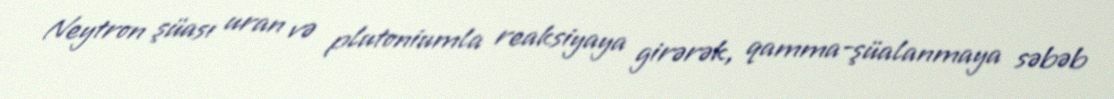
Neytron şüası uran və plutoniumla reaksiyaya girərək, qamma-şüalanmaya səbəb